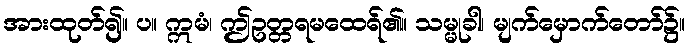
အားထုတ်၍။ ပ။ ဣမံ၊ ဤဥတ္တရမထေရ်၏။ သမ္မုခါ၊ မျက်မှောက်တော်၌။